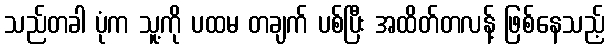
သည်တခါ ပုံက သူ့ကို ပထမ တချက် ပစ်ပြီး အထိတ်တလန့် ဖြစ်နေသည့်